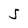
Character: 5